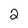
Character: 2